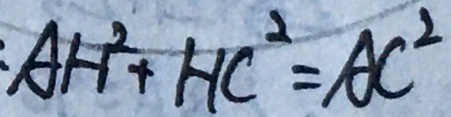
: A H ^ { 2 } + H C ^ { 2 } = A C ^ { 2 }